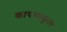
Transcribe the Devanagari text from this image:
कायस्थकूल